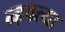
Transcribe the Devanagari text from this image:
न्हवत्या